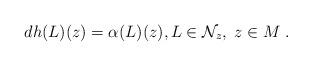
LaTeX: \begin{align*}dh(L)(z)=\alpha(L)(z), L\in\mathcal{N}_z,\; z\in M\; .\end{align*}